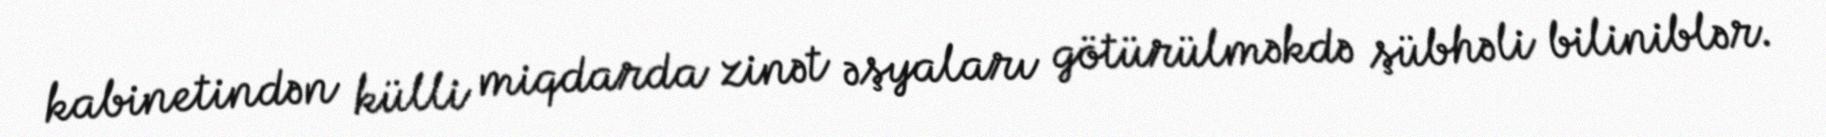
kabinetindən külli miqdarda zinət əşyaları götürülməkdə şübhəli biliniblər.